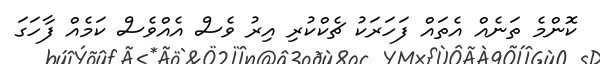
ކޮންމެ ތަނެއް އެތައް ފަހަރަކު ޗެކްކުރި އިރު ވެސް އެއްވެސް ކަމެއް ފާހަގަ